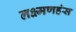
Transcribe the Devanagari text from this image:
लक्ष्मणहंस